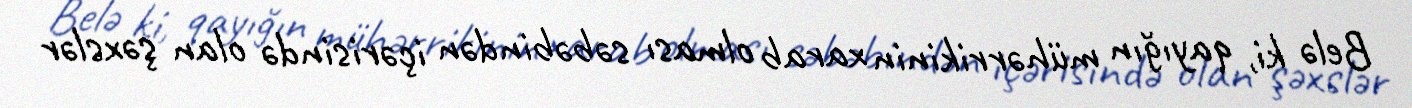
Belə ki, qayığın mühərrikinin xarab olması səbəbindən içərisində olan şəxslər